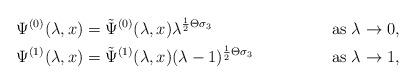
LaTeX: \begin{align*}\Psi^{(0)}(\lambda,x)&=\tilde{\Psi}^{(0)}(\lambda,x)\lambda^{\frac{1}{2}\Theta\sigma_3}&{\rm as}~\lambda\rightarrow0,\\\Psi^{(1)}(\lambda,x)&=\tilde{\Psi}^{(1)}(\lambda,x)(\lambda-1)^{\frac{1}{2}\Theta\sigma_3}&{\rm as}~\lambda\rightarrow1,\end{align*}